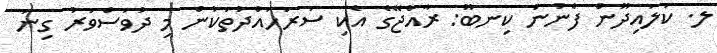
ލ. ކަލައިދޫން ފެނުނު ކިނބޫ: ރާއްޖޭގެ އެކި ސަރަހައްދުތަކުން މި ދުވަސްވަރު ގިނަ